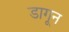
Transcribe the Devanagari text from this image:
डागून